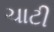
ચાટી